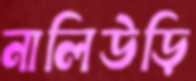
নালিউড়ি